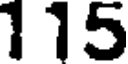
115